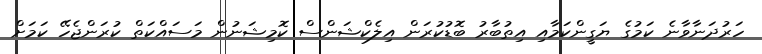
ހަރުދަނާވާނެ ކަމުގެ ޔަގީންކަމާއި އިތުބާރު ބޮޑުކުރަން އިލެކްޝަންސް ކޮމިޝަނުން މަސައްކަތް ކުރަންޖެހޭ ކަމަށް